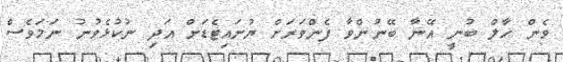
ވެން ހާލް ބުނީ އޭނާ ބޭނުންވާ ފެންވަރަށް ޔުނައިޓެޑަށް އަދި ނުކުޅެވުނު ނަމަވެސް